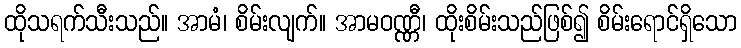
ထိုသရက်သီးသည်။ အာမံ၊ စိမ်းလျက်။ အာမဝဏ္ဏီ၊ ထိုးစိမ်းသည်ဖြစ်၍ စိမ်းရောင်ရှိသော